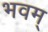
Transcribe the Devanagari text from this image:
भवम्